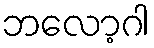
ဘလော့ဂါ